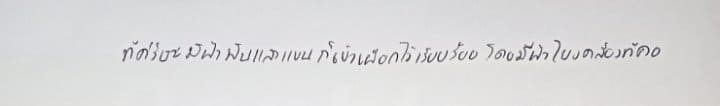
ที่ศีรษะมีผ้าพันและแขนก็เข้าเฝือกไว้เรียบร้อยโดยมีผ้าโยงคล้องที่คอ